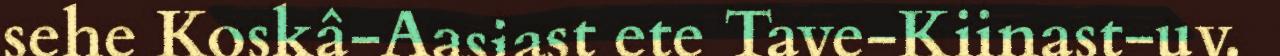
sehe Koskâ-Aasiast ete Tave-Kiinast-uv.